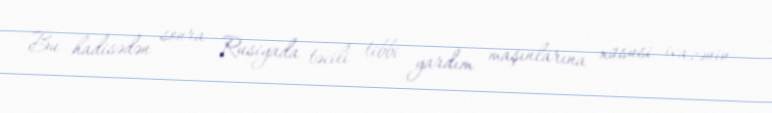
Bu hadisədən sonra Rusiyada təcili tibbi yardım maşınlarına xüsusi icazənin